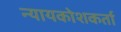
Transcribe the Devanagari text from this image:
न्यायकोशकर्ता